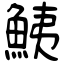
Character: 鮧